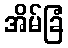
အိမ်ခြံ